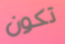
تكون